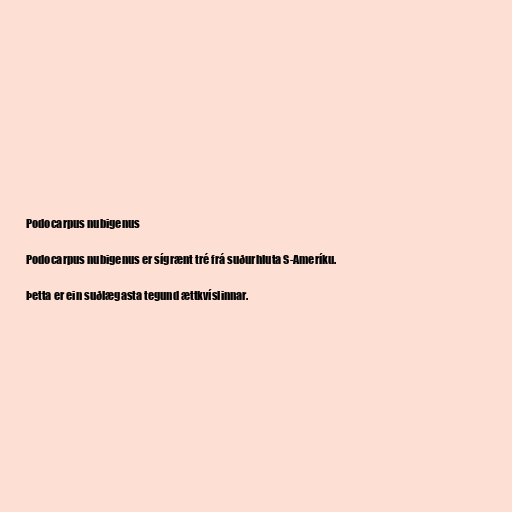
Podocarpus nubigenus

Podocarpus nubigenus er sígrænt tré frá suðurhluta S-Ameríku.

Þetta er ein suðlægasta tegund ættkvíslinnar.